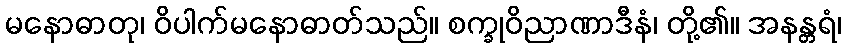
မနောဓာတု၊ ဝိပါက်မနောဓာတ်သည်။ စက္ခုဝိညာဏာဒီနံ၊ တို့၏။ အနန္တရံ၊